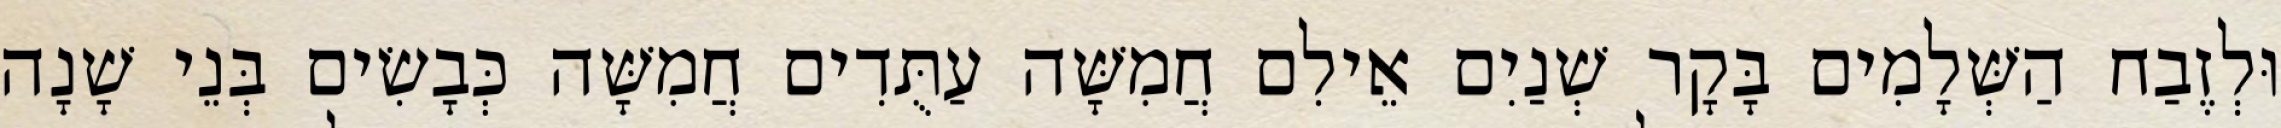
וּלְזֶבַח הַשְּׁלָמִים בָּקָר שְׁנַיִם אֵילִם חֲמִשָּׁה עַתֻּדִים חֲמִשָּׁה כְּבָשִׂים בְּנֵי שָׁנָה